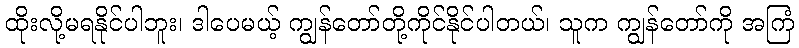
ထိုးလို့မရနိုင်ပါဘူး၊ ဒါပေမယ့် ကျွန်တော်တို့ကိုင်နိုင်ပါတယ်၊ သူက ကျွန်တော်ကို အကြံ